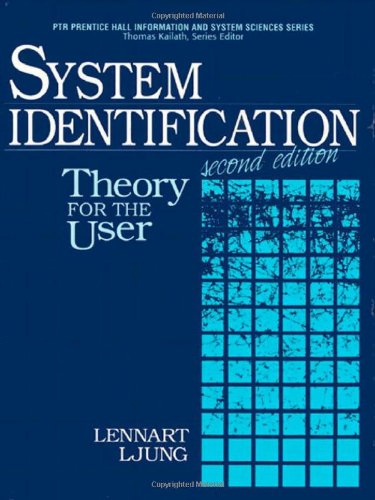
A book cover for System Identification: Theory for the User (2nd Edition); Lennart Ljung; Science & Math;